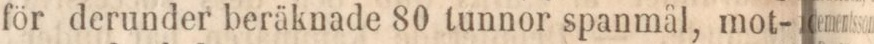
för derunder beräknade 80 tunnor spanmål, mot-